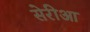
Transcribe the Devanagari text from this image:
सेरीआ